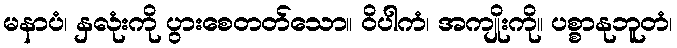
မနာပံ၊ နှလုံးကို ပွားစေတတ်သော။ ဝိပါကံ၊ အကျိုးကို။ ပစ္စာနုဘူတံ၊